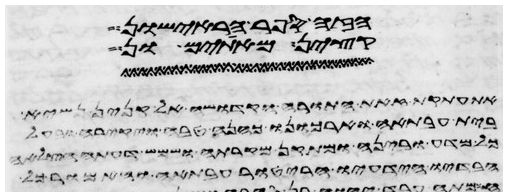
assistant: הפר הראישון
בין המיתים ובין
את התורה הזאת ויתנה אל הכהנים בני
ביתה פרעה ולאברם הייטב בעבורה ויהי לו
כדה מעליה ותאמר שתה וגם גמליך אשקה
הדיפו או השליך עליו כל כלי בלא צדיה או בכל